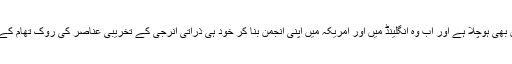
سائنسدانوںکو کچھ کچھ احساس بھی ہوچلا ہے اور اب وہ انگلینڈ میں اور امریکہ میں اپنی انجمن بنا کر خود ہی ذراتی انرجی کے تخریبی عناصر کی روک تھام کے لئے تجاویز پیش کررہے ہیں۔